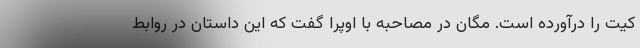
کیت را درآورده است. مگان در مصاحبه با اوپرا گفت که این داستان در روابط